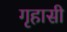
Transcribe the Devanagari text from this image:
गृहासी